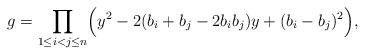
LaTeX: \begin{align*}g=\prod_{1\leq i<j\leq n}\Bigl(y^2-2(b_i+b_j-2b_ib_j)y+(b_i-b_j)^2\Bigr),\end{align*}